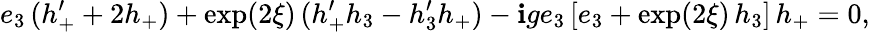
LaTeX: e_{3}\, (h_{+}^{\prime}+2h_{+})+\exp(2\xi)\, (h_{+}^{\prime}h_{3}-h_{3}^{\prime}h_{+})-\mathbf{i}ge_{3}\, [e_{3}+\exp(2\xi)\, h_{3}]\, h_{+}=0,